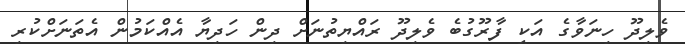
ވެލިދޫ ހިނަވާގެ އަކީ ފާރޫގުބެ ވެލިދޫ ރައްޔިތުނަށް ދިން ހަދިޔާ އެއްކަމުން އެތަނަށްކުރި